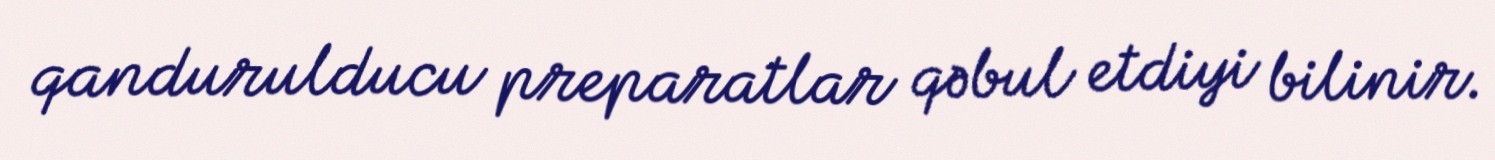
qandurulducu preparatlar qəbul etdiyi bilinir.